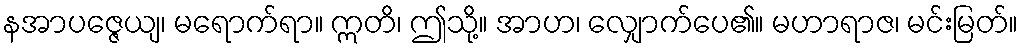
နအာပဇ္ဇေယျ၊ မရောက်ရာ။ ဣတိ၊ ဤသို့။ အာဟ၊ လျှောက်ပေ၏။ မဟာရာဇ၊ မင်းမြတ်။